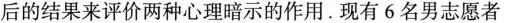
后的结果来评价两种心理暗示的作用。现有6名男志愿者